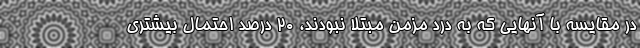
در مقایسه با آنهایی که به درد مزمن مبتلا نبودند، 20 درصد احتمال بیشتری